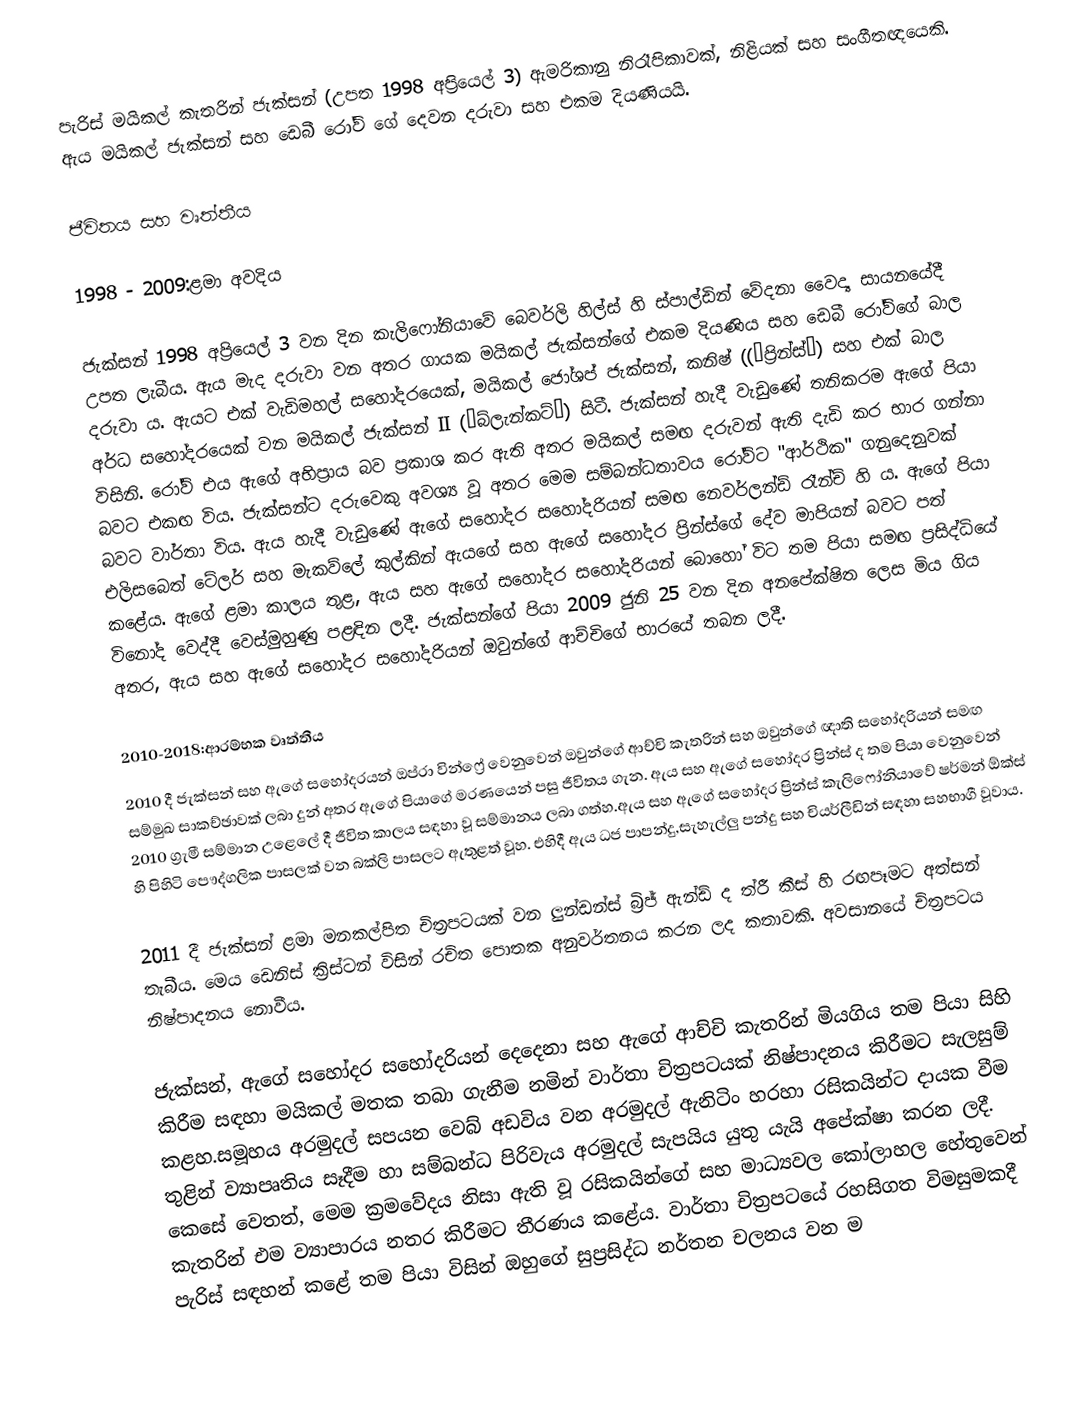
පැරිස් මයිකල් කැතරින් ජැක්සන් (උපත 1998 අප්‍රියෙල් 3) ඇමරිකානු නිරෑපිකාවක්, නිළියක් සහ සංගීතඥයෙකි. ඇය මයිකල් ජැක්සන් සහ ඩෙබී රෝව් ගේ දෙවන දරුවා සහ එකම දියණියයි.

ජීවිතය සහ වෘත්තීය

1998 - 2009:ළමා අවදිය

ජැක්සන් 1998 අප්‍රියෙල් 3 වන දින කැලිෆෝනියාවේ බෙවර්ලි හිල්ස් හි ස්පාල්ඩින් වේදනා වෛද්‍ය සායනයේදී උපත ලැබීය.  ඇය මැද දරුවා වන අතර ගායක මයිකල් ජැක්සන්ගේ එකම දියණිය සහ ඩෙබී රෝව්ගේ බාල දරුවා ය. ඇයට එක් වැඩිමහල් සහෝදරයෙක්, මයිකල් ජෝශප් ජැක්සන්, කනිෂ් ((“ප්‍රින්ස්”) සහ එක් බාල අර්ධ සහෝදරයෙක් වන මයිකල් ජැක්සන් II (“බ්ලැන්කට්”) සිටී.  ජැක්සන් හැදී වැඩුණේ තනිකරම ඇගේ පියා විසිනි.  රෝව් එය ඇගේ අභිප්‍රාය බව ප්‍රකාශ කර ඇති අතර මයිකල් සමඟ දරුවන් ඇති දැඩි කර භාර ගන්නා බවට එකඟ විය.  ජැක්සන්ට දරුවෙකු අවශ්‍ය වූ අතර මෙම සම්බන්ධතාවය රෝව්ට "ආර්ථික" ගනුදෙනුවක් බවට වාර්තා විය.  ඇය හැදී වැඩුණේ ඇගේ සහෝදර සහෝදරියන් සමඟ නෙවර්ලන්ඩ් රෑන්ච් හි ය.  ඇගේ පියා එලිසබෙත් ටේලර් සහ මැකව්ලේ කුල්කින් ඇයගේ සහ ඇගේ සහෝදර ප්‍රින්ස්ගේ දේව මාපියන් බවට පත් කළේය.  ඇගේ ළමා කාලය තුළ, ඇය සහ ඇගේ සහෝදර සහෝදරියන් බොහෝ විට තම පියා සමඟ ප්‍රසිද්ධියේ විනෝද වෙද්දී වෙස්මුහුණු පළඳින ලදී.  ජැක්සන්ගේ පියා 2009 ජුනි 25 වන දින අනපේක්ෂිත ලෙස මිය ගිය අතර, ඇය සහ ඇගේ සහෝදර සහෝදරියන් ඔවුන්ගේ ආච්චිගේ භාරයේ තබන ලදී.

2010-2018:ආරම්භක වෘත්තීය
2010 දී ජැක්සන් සහ ඇගේ සහෝදරයන් ඔප්රා වින්ෆ්‍රේ වෙනුවෙන් ඔවුන්ගේ ආච්චි කැතරින් සහ ඔවුන්ගේ ඥාති සහෝදරියන් සමඟ සම්මුඛ සාකච්ඡාවක් ලබා දුන් අතර ඇගේ පියාගේ මරණයෙන් පසු ජීවිතය ගැන. ඇය සහ ඇගේ සහෝදර ප්‍රින්ස් ද තම පියා වෙනුවෙන් 2010 ග්‍රැමී සම්මාන උළෙලේ දී ජීවිත කාලය සඳහා වූ සම්මානය ලබා ගත්හ.ඇය සහ ඇගේ සහෝදර ප්‍රින්ස් කැලිෆෝනියාවේ ෂර්මන් ඕක්ස් හි පිහිටි පෞද්ගලික පාසලක් වන බක්ලි පාසලට ඇතුළත් වූහ. එහිදී ඇය ධජ පාපන්දු,සැහැල්ලු පන්දු සහ චියර්ලීඩින් සඳහා සහභාගී වූවාය.

2011 දී ජැක්සන් ළමා මනකල්පිත චිත්‍රපටයක් වන ලුන්ඩන්ස් බ්‍රිජ් ඇන්ඩ් ද ත්රී කීස් හි රඟපෑමට අත්සන් තැබීය. මෙය ඩෙනිස් ක්‍රිස්ටන් විසින් රචිත පොතක අනුවර්තනය කරන ලද කතාවකි.  අවසානයේ චිත්‍රපටය නිෂ්පාදනය නොවීය.

ජැක්සන්, ඇගේ සහෝදර සහෝදරියන් දෙදෙනා සහ ඇගේ ආච්චි කැතරින් මියගිය තම පියා සිහි කිරීම සඳහා මයිකල් මතක තබා ගැනීම නමින් වාර්තා චිත්‍රපටයක් නිෂ්පාදනය කිරීමට සැලසුම් කළහ.සමූහය අරමුදල් සපයන වෙබ් අඩවිය වන අරමුදල් ඇනිටිං හරහා රසිකයින්ට දායක වීම තුළින් ව්‍යාපෘතිය සෑදීම හා සම්බන්ධ පිරිවැය අරමුදල් සැපයිය යුතු යැයි අපේක්ෂා කරන ලදී.  කෙසේ වෙතත්, මෙම ක්‍රමවේදය නිසා ඇති වූ රසිකයින්ගේ සහ මාධ්‍යවල කෝලාහල හේතුවෙන් කැතරින් එම ව්‍යාපාරය නතර කිරීමට තීරණය කළේය.  වාර්තා චිත්‍රපටයේ රහසිගත විමසුමකදී පැරිස් සඳහන් කළේ තම පියා විසින් ඔහුගේ සුප්‍රසිද්ධ නර්තන චලනය වන ම